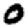
Digit: 0